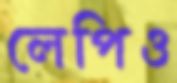
লেপিও